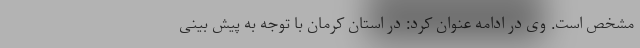
مشخص است. وی در ادامه عنوان کرد: در استان کرمان با توجه به پیش بینی